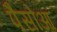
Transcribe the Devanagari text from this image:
पैसोआ